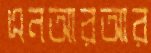
এনআরআর